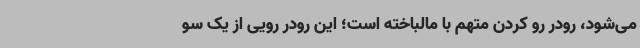
می‌شود، رودر رو کردن متهم با مالباخته است؛ این رودر رویی از یک سو